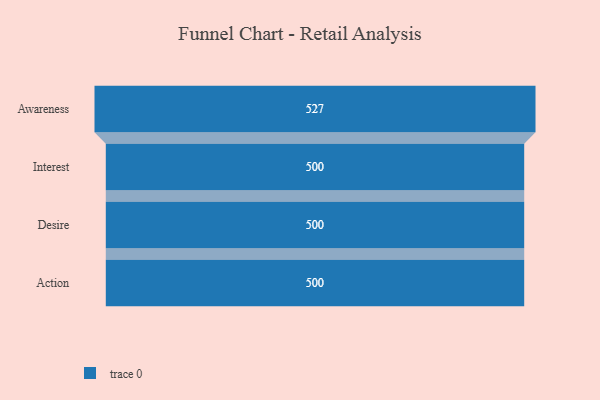
{"axis": {"x": "Stage", "y": "Value"}, "legend": [""], "data": [{"x": "Awareness", "y": 527.0, "type": ""}, {"x": "Interest", "y": 500, "type": ""}, {"x": "Desire", "y": 500, "type": ""}, {"x": "Action", "y": 500, "type": ""}]}